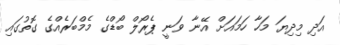
އަދި މިދިޔަ މަހާ ހަމައަށް އޭނާ ވަނީ ޕެރޯލް ބޯޑްގެ މެމްބަރެއްގެ ގޮތުގައި